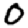
Digit: 0